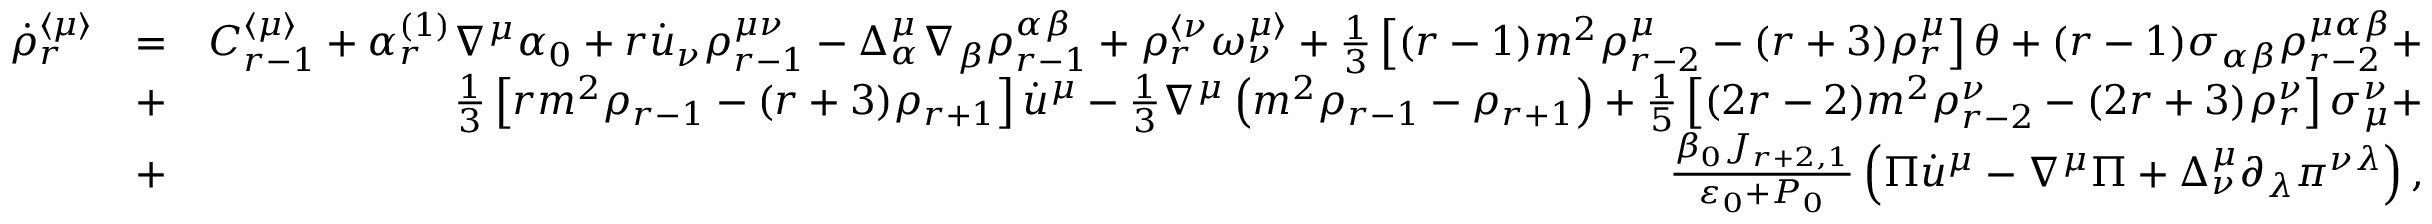
\begin{array} { r l r } { \dot { \rho } _ { r } ^ { \langle \mu \rangle } } & { = } & { C _ { r - 1 } ^ { \langle \mu \rangle } + \alpha _ { r } ^ { ( 1 ) } \nabla ^ { \mu } \alpha _ { 0 } + r \dot { u } _ { \nu } \rho _ { r - 1 } ^ { \mu \nu } - \Delta _ { \alpha } ^ { \mu } \nabla _ { \beta } \rho _ { r - 1 } ^ { \alpha \beta } + \rho _ { r } ^ { \langle \nu } \omega ^ { \mu \rangle } _ { \nu } + \frac { 1 } { 3 } \left[ ( r - 1 ) m ^ { 2 } \rho _ { r - 2 } ^ { \mu } - ( r + 3 ) \rho _ { r } ^ { \mu } \right] \theta + ( r - 1 ) \sigma _ { \alpha \beta } \rho _ { r - 2 } ^ { \mu \alpha \beta } + } \\ & { + } & { \frac { 1 } { 3 } \left[ r m ^ { 2 } \rho _ { r - 1 } - ( r + 3 ) \rho _ { r + 1 } \right] \dot { u } ^ { \mu } - \frac { 1 } { 3 } \nabla ^ { \mu } \left( m ^ { 2 } \rho _ { r - 1 } - \rho _ { r + 1 } \right) + \frac { 1 } { 5 } \left[ ( 2 r - 2 ) m ^ { 2 } \rho _ { r - 2 } ^ { \nu } - ( 2 r + 3 ) \rho _ { r } ^ { \nu } \right] \sigma _ { \mu } ^ { \nu } + } \\ & { + } & { \frac { \beta _ { 0 } J _ { r + 2 , 1 } } { \varepsilon _ { 0 } + P _ { 0 } } \left( \Pi \dot { u } ^ { \mu } - \nabla ^ { \mu } \Pi + \Delta _ { \nu } ^ { \mu } \partial _ { \lambda } \pi ^ { \nu \lambda } \right) , } \end{array}